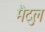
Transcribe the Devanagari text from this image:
मैदुल